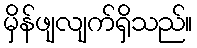
မှိန်ဖျလျက်ရှိသည်။